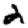
Digit: 2